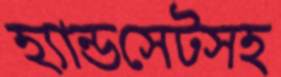
হ্যান্ডসেটসহ